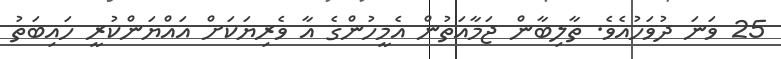
25 ވަނަ ދުވަހުއެވެ. ތާލިބާން ޖަމާއަތުން އެމީހުންގެ އާ ވެރިޔަކަށް އައްޔަންކުރީ ހައިބަތު